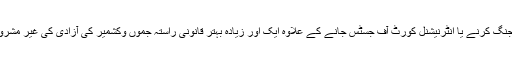
اس لیے حکومت پاکستان کے پاس جنگ کرنے یا انٹرنیشنل کورٹ آف جسٹس جانے کے علاوہ ایک اور زیادہ بہتر قانونی راستہ جموں وکشمیر کی آزادی کی غیر مشروط حمایت کی شکل میں موجود ہے۔